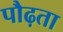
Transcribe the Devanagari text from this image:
पौढ़ता